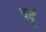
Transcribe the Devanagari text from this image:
वर्दूं